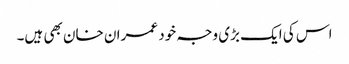
اس کی ایک بڑی وجہ خود عمران خان بھی ہیں۔